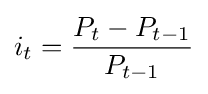
i_{t}={\frac {P_{t}-P_{t-1}}{P_{t-1}}}